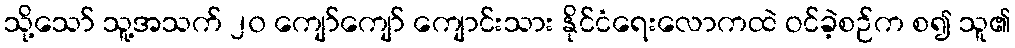
သို့သော် သူ့အသက် ၂၀ ကျော်ကျော် ကျောင်းသား နိုင်ငံရေးလောကထဲ ဝင်ခဲ့စဉ်က စ၍ သူ၏